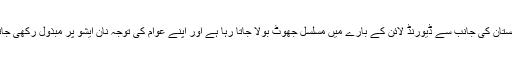
چنانچہ افغانستان کی جانب سے ڈیورنڈ لائن کے بارے میں مسلسل جھوٹ بولا جاتا رہا ہے اور اپنے عوام کی توجہ نان ایشو پر مبذول رکھی جاتی رہی ہے۔